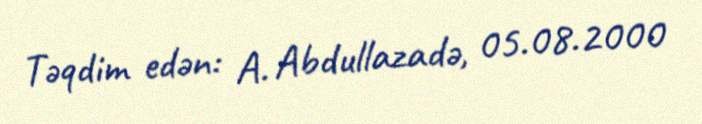
Təqdim edən: A. Abdullazadə, 05.08.2000